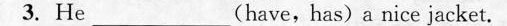
3. He___(have,has)a nice jacket.